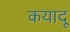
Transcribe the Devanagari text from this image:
कयादू